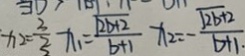
x _ { 2 } = \frac { 3 } { 2 } x _ { 1 } = \frac { \sqrt { 2 b + 2 } } { b + 1 } x _ { 2 } = - \frac { \sqrt { 2 b + 2 } } { b + 1 . }